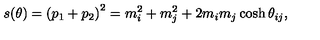
s ( \theta ) = \left( p _ { 1 } + p _ { 2 } \right) ^ { 2 } = m _ { i } ^ { 2 } + m _ { j } ^ { 2 } + 2 m _ { i } m _ { j } \cosh \theta _ { i j } ,